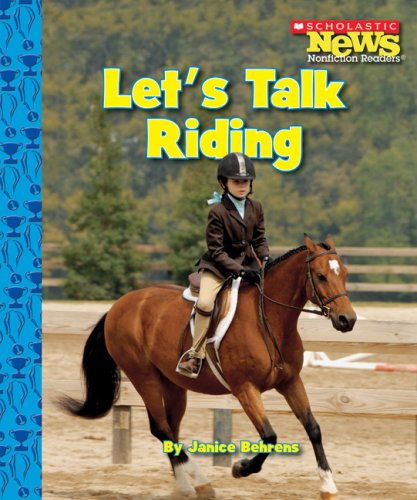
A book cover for Let's Talk Riding (Scholastic News Nonfiction Readers); Janice Behrens; Children's Books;